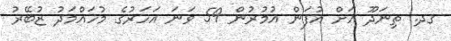
ގދ. ތިނަދޫ އަށް އުފަން އުމުރުން 59 ވަނަ އަހަރުގެ މުހައްމަދު ޒުބޭރު